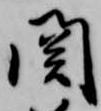
関